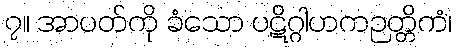
၇။ အာပတ်ကို ခံသော ပဋိဂ္ဂါဟကဉတ္တိကံ၊